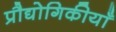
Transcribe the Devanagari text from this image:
प्रौद्योगिकीयाँ